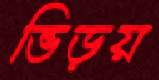
ভিড়য়